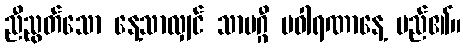
ညီညွတ်သော နေ့သာလျှင် သာမဂ္ဂီ ပဝါရဏာနေ့ မည်၏။